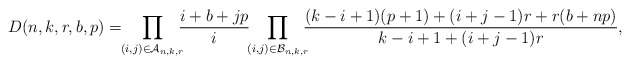
\begin{gather*}D(n,k,r,b,p)= \!\!\prod_{(i,j) \in {\cal{A}}_{n,k,r}}\!\!\! {i+b+jp \over i}\!\!\prod_{(i,j) \in {\cal{B}}_{n,k,r}}\!\!\!{(k-i+1)(p+1)+(i+j-1)r+r(b+np) \over k-i+1+(i+j-1)r},\end{gather*}